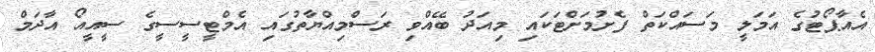
އެއާޕޯޓުގެ އަމަލީ މަސައްކަތް ފެށުމަށްޓަކައި މިއަދު ބޭއްވި ރަސްމިއްޔާތުގައި އެމްޓީސީސީގެ ސީއީއޯ އާދަމް